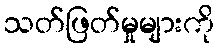
သတ်ဖြတ်မှုများကို